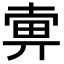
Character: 𤱿